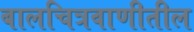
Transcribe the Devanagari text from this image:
बालचित्रवाणीतील